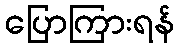
ပြောကြားရန်